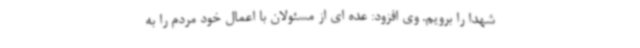
شهدا را برویم. وی افزود: عده ای از مسئولان با اعمال خود مردم را به